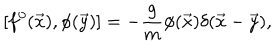
[ f ^ { 0 } ( \vec { x } ) , \phi ( \vec { y } ) ] = - \frac { g } { m } \phi ( \vec { x } ) \delta ( \vec { x } - \vec { y } ) ,